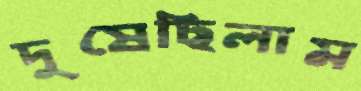
দুষেছিলাম